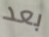
بعد